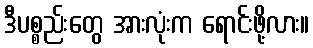
ဒီပစ္စည်းတွေ အားလုံးက ရောင်းဖို့လား။